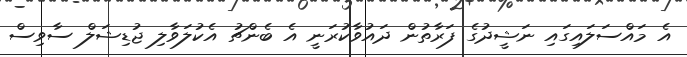
އެ މައްސަލައިގައި ނަޝީދުގެ ފަރާތުން ދައުވާކުރަނީ އެ ބެންޗު އެކުލަވާލި ޖުޑިޝަލް ސާވިސް